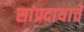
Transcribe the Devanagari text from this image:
सांप्रदायाचे